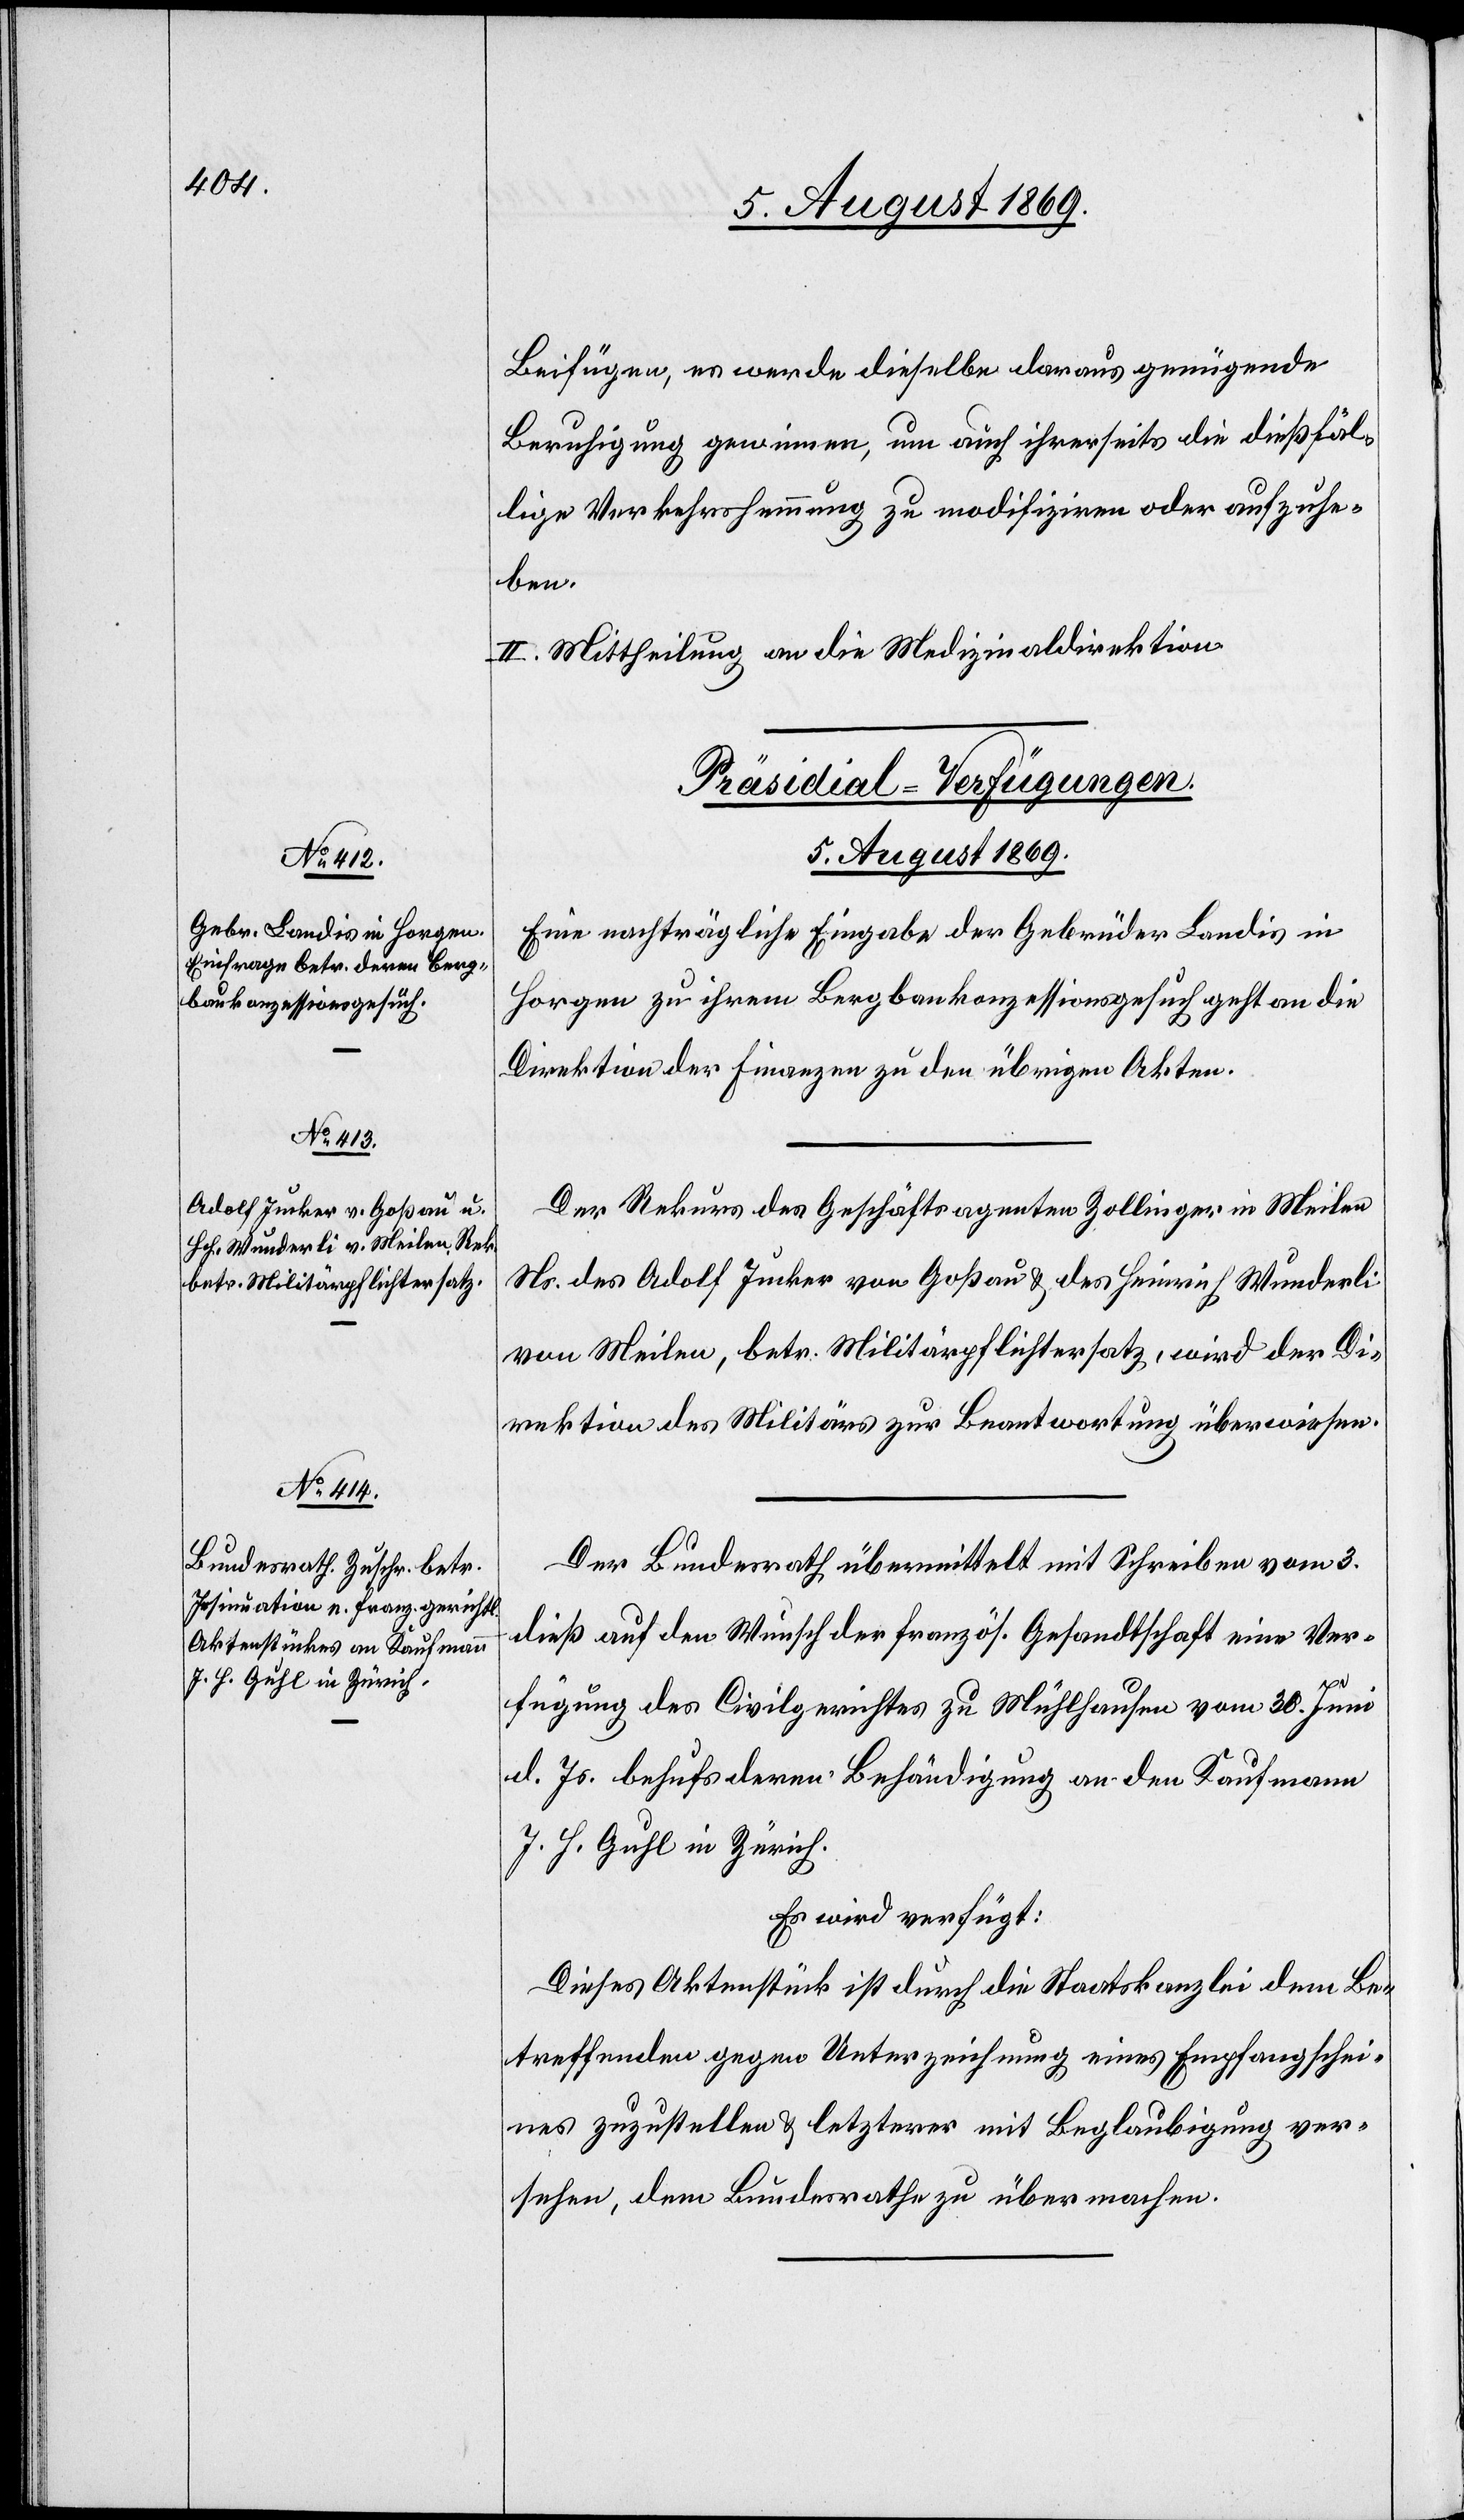
Beifügen, es werde dieselbe daraus genügende
Beruhigung gewinnen, um auch ihrerseits die dießfäl¬
lige Verkehrshemmung zu modifiziren oder aufzuhe¬
ben.
II. Mittheilung an die Medizinaldirektion.
[Präsidial-Verfügungen.
5. August 1869.]
Eine nachträgliche Eingabe der Gebrüder Landis in
Horgen zu ihrem Bergbaukonzessionsgesuch geht an die
Direktion der Finanzen zu den übrigen Akten.
Der Rekurs des Geschäftsagenten Zollinger in Meilen
Ns. des Adolf Junker von Goßau & des Heinrich Wunderli
von Meilen, betr. Militärpflichtersatz, wird der Di¬
rektion des Militärs zur Beantwortung überwiesen.
Der Bundesrath übermittelt mit Schreiben vom 3.
dieß auf den Wunsch der französ. Gesandtschaft eine Ver¬
fügung des Civilgerichtes zu Mühlhausen vom 30. Juni
d. Js. behufs deren Behändigung an den Kaufmann
J. H. Guhl in Zürich.
Es wird verfügt:
Dieses Aktenstück ist durch die Staatskanzlei dem Be¬
treffenden gegen Unterzeichnung eines Empfangsschei¬
nes zuzustellen & letzterer mit Beglaubigung ver¬
sehen, dem Bundesrathe zu übermachen.